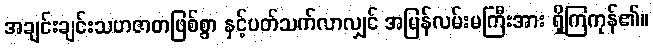
အချင်းချင်းသဟဇာတဖြစ်စွာ နှင့်ပတ်သက်လာလျှင် အမြန်လမ်းမကြီးအား ရှိကြကုန်၏။